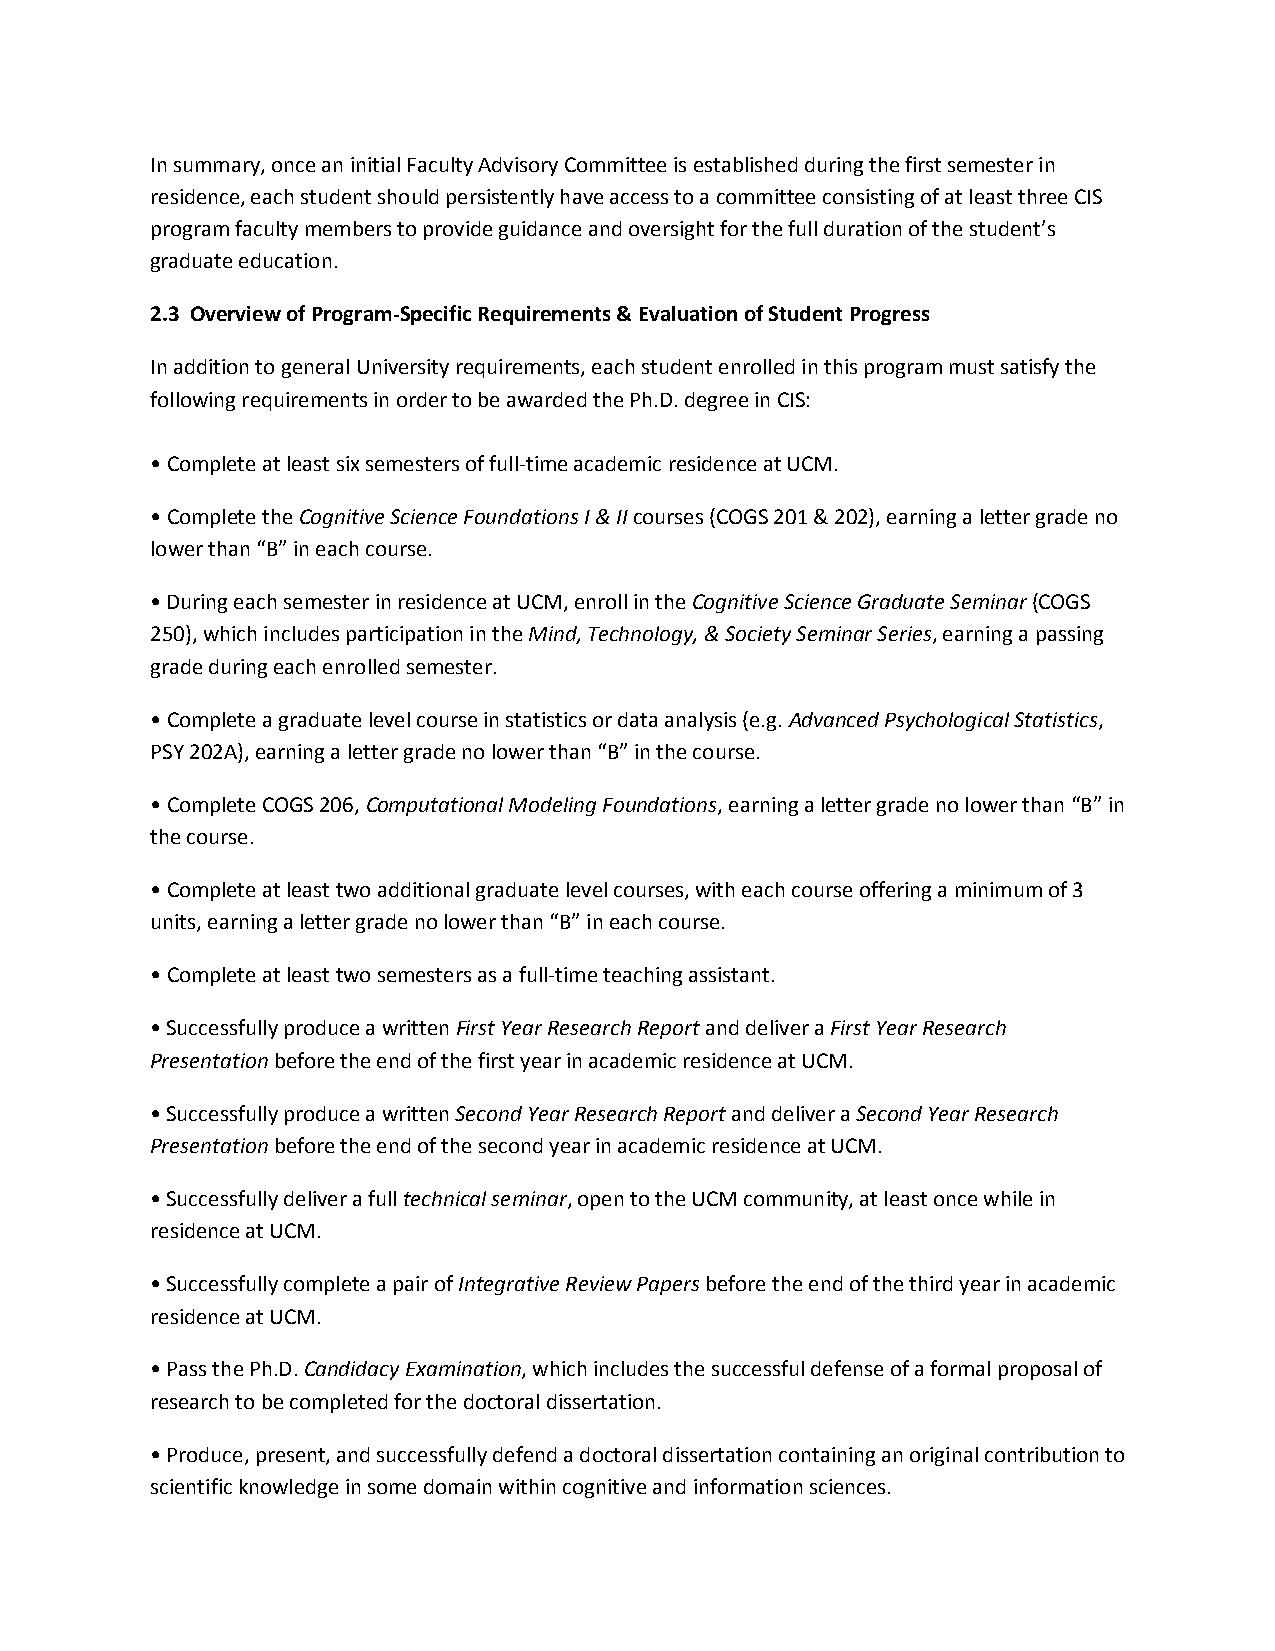
In summary, once an initial Faculty Advisory Committee is established during the first semester in
 residence, each student should persistently have access to a committee consisting of at least three CIS
 program faculty members to provide guidance and oversight for the full duration of the student’s
 graduate education.
 2.3 Overview of Program-Specific Requirements & Evaluation of Student Progress
 In addition to general University requirements, each student enrolled in this program must satisfy the
 following requirements in order to be awarded the Ph.D. degree in CIS:
 • Complete at least six semesters of full-time academic residence at UCM.
 • Complete the Cognitive Science Foundations I & II courses (COGS 201 & 202), earning a letter grade no
 lower than “B” in each course.
 • During each semester in residence at UCM, enroll in the Cognitive Science Graduate Seminar (COGS
 250), which includes participation in the Mind, Technology, & Society Seminar Series, earning a passing
 grade during each enrolled semester.
 • Complete a graduate level course in statistics or data analysis (e.g. Advanced Psychological Statistics,
 PSY 202A), earning a letter grade no lower than “B” in the course.
 • Complete COGS 206, Computational Modeling Foundations, earning a letter grade no lower than “B” in
 the course.
 • Complete at least two additional graduate level courses, with each course offering a minimum of 3
 units, earning a letter grade no lower than “B” in each course.
 • Complete at least two semesters as a full-time teaching assistant.
 • Successfully produce a written First Year Research Report and deliver a First Year Research
 Presentation before the end of the first year in academic residence at UCM.
 • Successfully produce a written Second Year Research Report and deliver a Second Year Research
 Presentation before the end of the second year in academic residence at UCM.
 • Successfully deliver a full technical seminar, open to the UCM community, at least once while in
 residence at UCM.
 • Successfully complete a pair of Integrative Review Papers before the end of the third year in academic
 residence at UCM.
 • Pass the Ph.D. Candidacy Examination, which includes the successful defense of a formal proposal of
 research to be completed for the doctoral dissertation.
 • Produce, present, and successfully defend a doctoral dissertation containing an original contribution to
 scientific knowledge in some domain within cognitive and information sciences.